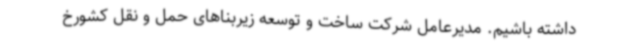
داشته باشیم. مدیرعامل شرکت ساخت و توسعه زیربناهای حمل و نقل کشورخ